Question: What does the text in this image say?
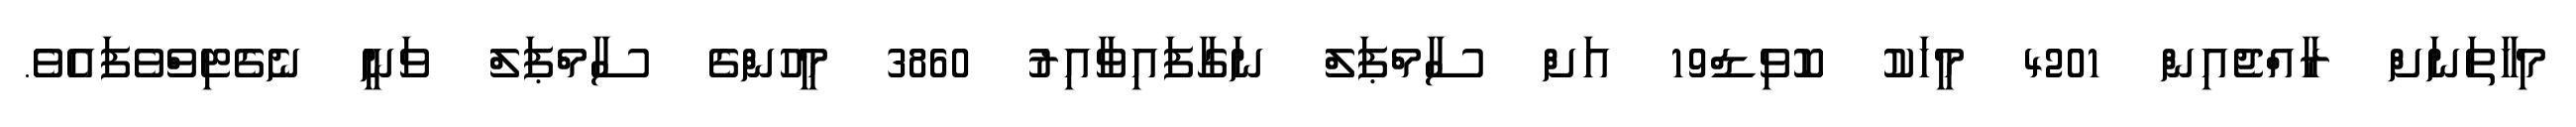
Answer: މިހާތަނަށް ރާއްޖެއިން 4201 މީހަކު ކޮވިޑް19 އަށް ސާމްޕަލް ނަގާފައިވާއިރު 3860 މީހުންގެ ސާމްޕަލް ވަނީ ނެގެޓިވްވެފައެވެ.